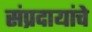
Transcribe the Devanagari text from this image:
संप्रदायांचे